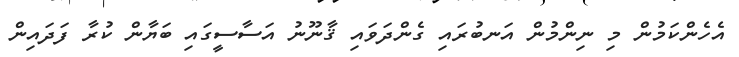
އެހެންކަމުން މި ނިންމުން އަނބުރައި ގެންދަވައި ޤާނޫނު އަސާސީގައި ބަޔާން ކުރާ ފަދައިން